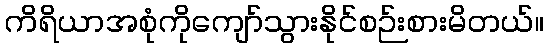
ကိရိယာအစုံကိုကျော်သွားနိုင်စဉ်းစားမိတယ်။